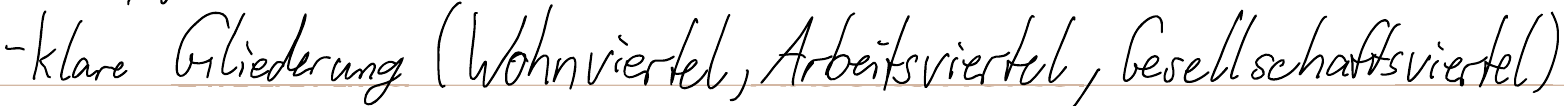
- klare Gliederung (Wohnviertel, Arbeitsviertel, Gesellschaftsviertel)